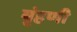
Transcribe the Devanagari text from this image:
बृंहणी